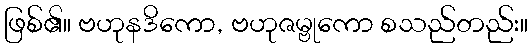
ဖြစ်၏။ ဗဟုနဒိကော, ဗဟုဇမ္ဗုကော စသည်တည်း။